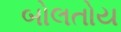
બોલતોય